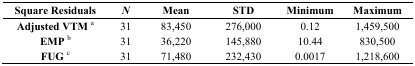
| Square Residuals | N | Mean | STD | Minimum | Maximum |
 | --- | --- | --- | --- | --- | --- |
 | Adjusted VTM a | 31 | 83,450 | 276,000 | 0.12 | 1,459,500 |
 | EMP b | 31 | 36,220 | 145,880 | 10.44 | 830,500 |
 | FUG c | 31 | 71,480 | 232,430 | 0.0017 | 1,218,600 |